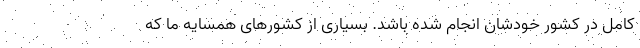
کامل در کشور خودشان انجام شده باشد. بسیاری از کشورهای همسایه ما که